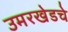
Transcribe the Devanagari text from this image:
उमरखेडचे